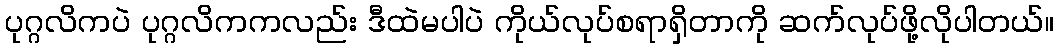
ပုဂ္ဂလိကပဲ ပုဂ္ဂလိကကလည်း ဒီထဲမပါပဲ ကိုယ်လုပ်စရာရှိတာကို ဆက်လုပ်ဖို့လိုပါတယ်။